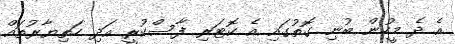
އެ ދެ މީހުން ބުނި ގޮތުގައި އެ ކޮޓަރި ފާސްކުރީ އަދި ހަތިޔާރުތައް